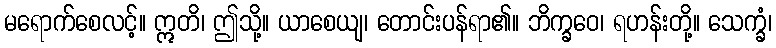
မရောက်စေလင့်။ ဣတိ၊ ဤသို့။ ယာစေယျ၊ တောင်းပန်ရာ၏။ ဘိက္ခဝေ၊ ရဟန်းတို့။ သေက္ခံ၊